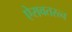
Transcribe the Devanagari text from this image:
ऐरावतरत्न